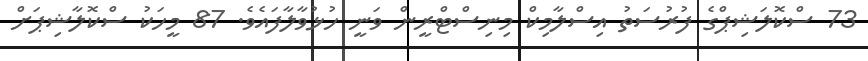
73 ސްކޮލަޝިޕްގެ ފުރުސަތު އިސްލާމިކް މިނިސްޓްރީން ވަނީ ހުޅުވާލާފައެވެ. 87 މީހަކު ސްކޮލާޝިޕަށް